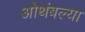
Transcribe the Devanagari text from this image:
ओथंबल्या